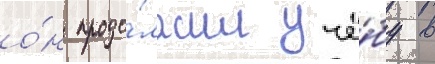
о́н продо́лжил учё́бу в